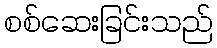
စစ်ဆေးခြင်းသည်